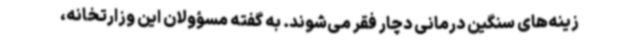
زینه‌های سنگین درمانی دچار فقر می‌شوند. به گفته مسؤولان این وزارتخانه،